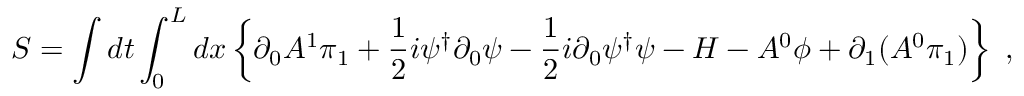
S = \int d t \int _ { 0 } ^ { L } d x \left\{ \partial _ { 0 } A ^ { 1 } \pi _ { 1 } + \frac { 1 } { 2 } i \psi ^ { \dagger } \partial _ { 0 } \psi - \frac { 1 } { 2 } i \partial _ { 0 } \psi ^ { \dagger } \psi - { \cal H } - A ^ { 0 } \phi + \partial _ { 1 } ( A ^ { 0 } \pi _ { 1 } ) \right\} \ ,